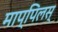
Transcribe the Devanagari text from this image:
माप्पिलस्